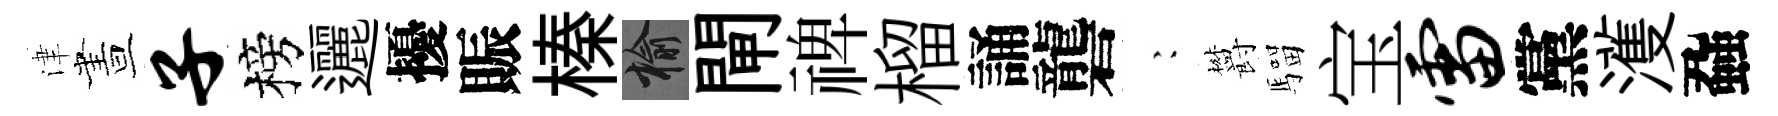
津晝子榜邐擾賑榛榆閘禆榴誦礱巍欝騮宝雷黨濩蝨